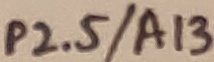
Text: P2.5/A13